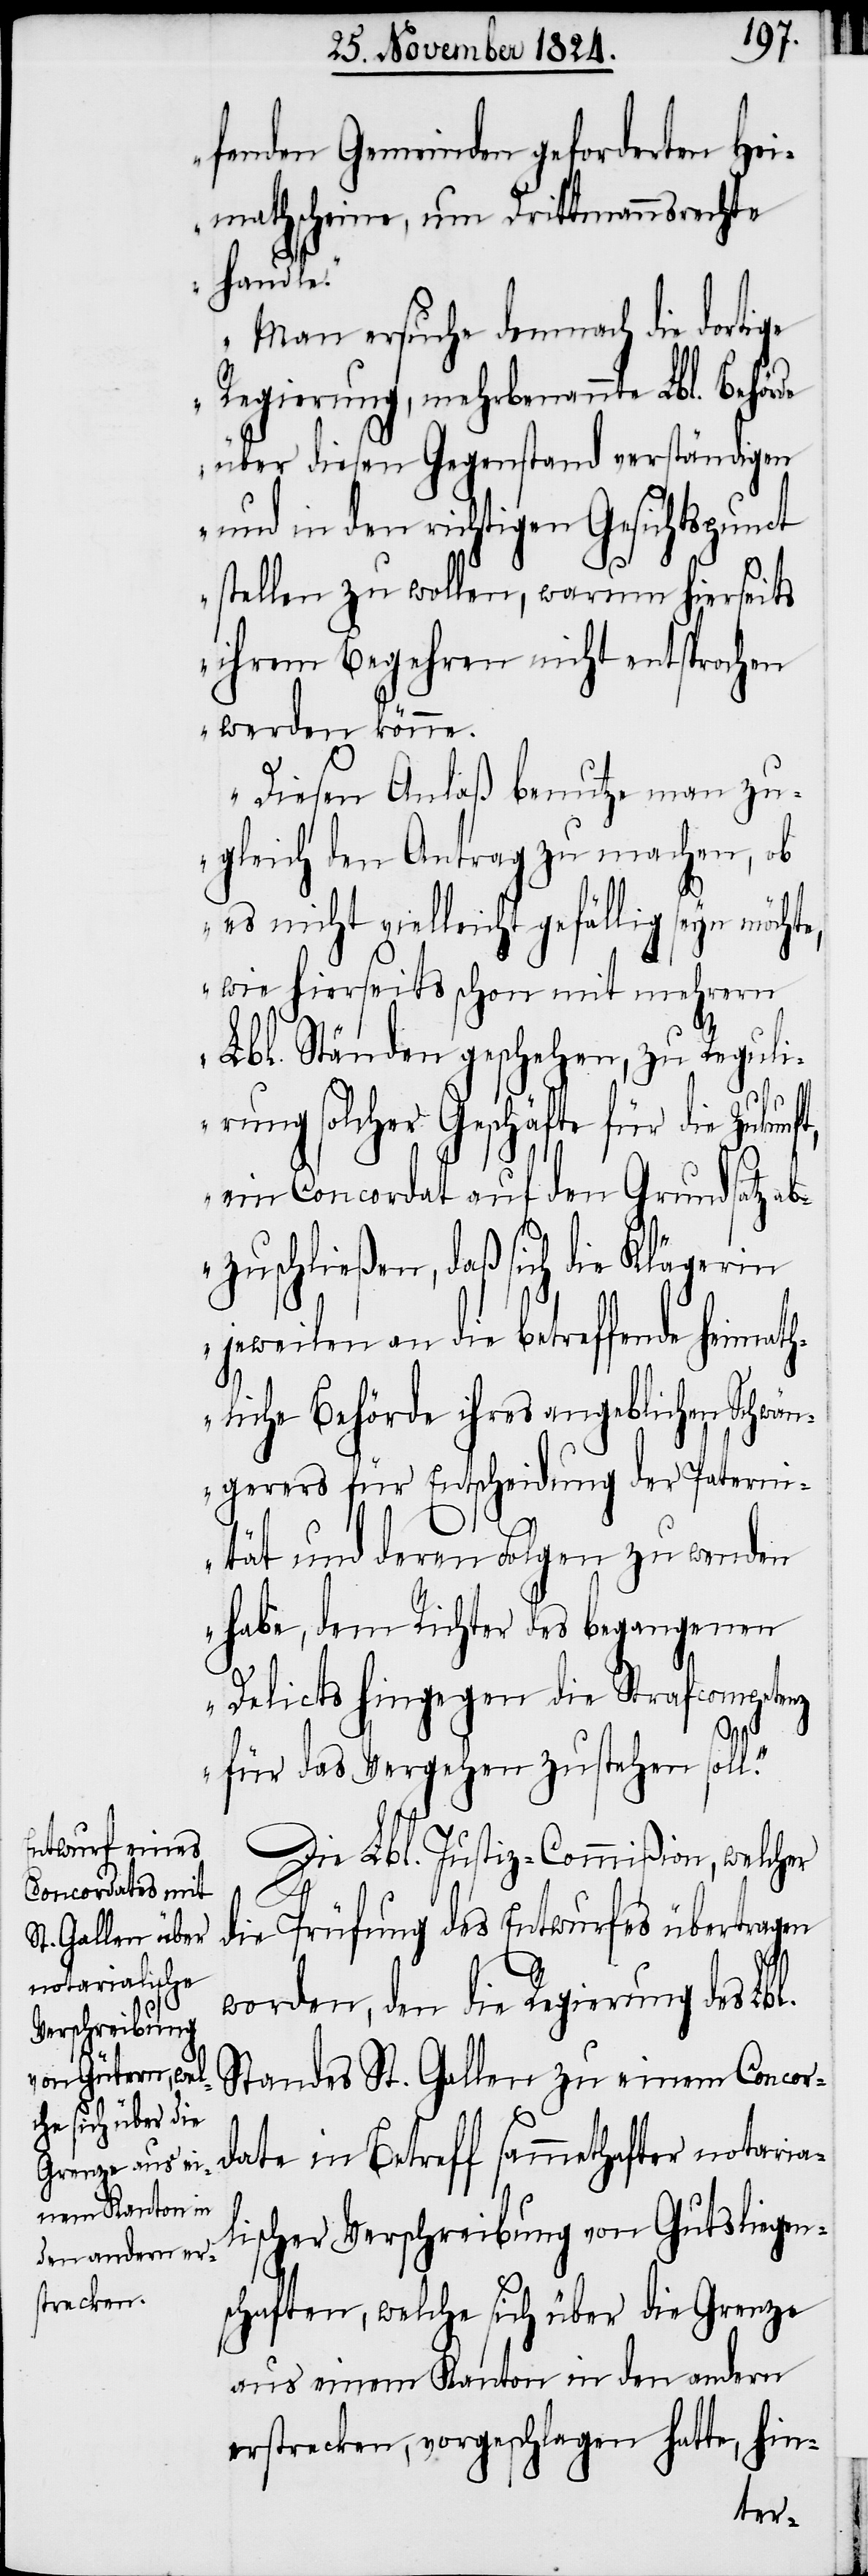
fenden Gemeinden geforderten Hei¬
mathscheine, um Drittmannsrechte
Handen
„Man ersuche demnach die dortige
Regierung, nachbenannte Lbl. Behör¬
über diesen Gegenstand verständigen
und in den richtigen Gesichtspunct
stellen zu wollen, warum hierseits
ihrem Begehren nicht entsprochen
werden könne.
Diesen Anlaß benutze man zu¬
gleich den Antrag zu machen, ob
des
es nicht vielleicht gefällig seyn möcht¬
wie hierseits schon mit mehrern
Lbl. Ständen geschehen, zu Reguli¬
Bürgschaftsscheins für erstern
ein Concordat auf den Grundsatz a¬
bzuschließen, daß sich die Klägerin
jeweilen an die betreffende Heimath¬
liche Behörde ihres angeblichen Schwän¬
gerers für Entscheidung der Paterni¬
tät und deren Folgen zu wenden
habe, dem Richter des begangenen
Delicts hingegen die Strafcompetenz
auf
für das Vergehen zustehen sol¬
Die Lbl. Justiz-Commißion, welcher
die Prüfung des Entwurfes übertragen
worden, den die Regierung des Lbl.
Standes St. Gallen zu einem Concor¬
date in Betreff sammethafter notaria¬
lischer Verschreibung von Gutsliegen¬
schaften, welche sich über die Grenze
aus einem Kanton in den andern
erstrecken, vorgeschlagen hatte, hin-